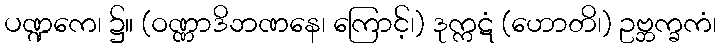
ပဏ္ဍကေ၊ ၌။ (ဝဏ္ဏာဒိဘဏနေ၊ ကြောင့်၊) ဒုက္ကဋံ (ဟောတိ၊) ဥဗ္ဘက္ခကံ၊